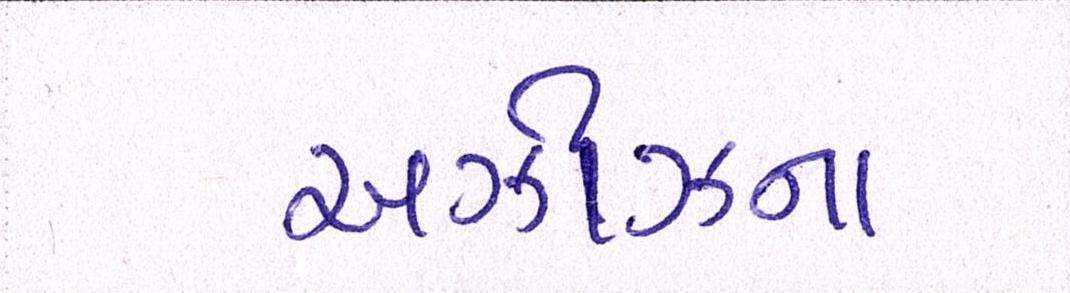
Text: અઝીઝના